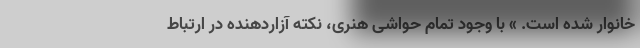
خانوار شده است. » با وجود تمام حواشی هنری، نکته آزاردهنده در ارتباط